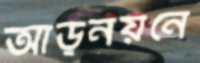
আড়নয়নে